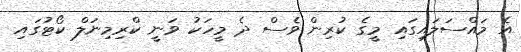
އެ މައްސަލައިގައި މީގެ ކުރިން ވެސް ދެ މީހަކު ވަނީ ކްރިމިނަލް ކޯޓުގައި